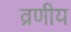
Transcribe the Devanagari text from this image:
व्रणीय